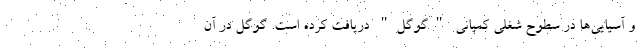
و آسیایی‌ها در سطوح شغلی کمپانی "گوگل" دریافت کرده است. گوگل در آن